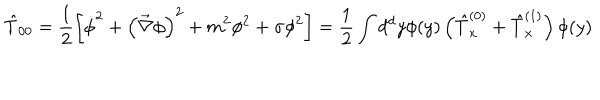
LaTeX: \hat { T } _ { 0 0 } = \frac { 1 } { 2 } \left[ \dot { \phi } ^ { 2 } + \left( \vec { \nabla } \phi \right) ^ { 2 } + m ^ { 2 } \phi ^ { 2 } + \sigma \phi ^ { 2 } \right] = \frac { 1 } { 2 } \int d ^ { d } y \phi ( y ) \left( \hat { T } _ { x } ^ { ( 0 ) } + \hat { T } _ { x } ^ { ( 1 ) } \right) \phi ( y )